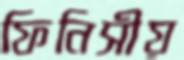
ফিনিসীয়